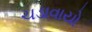
ચડાવાયો